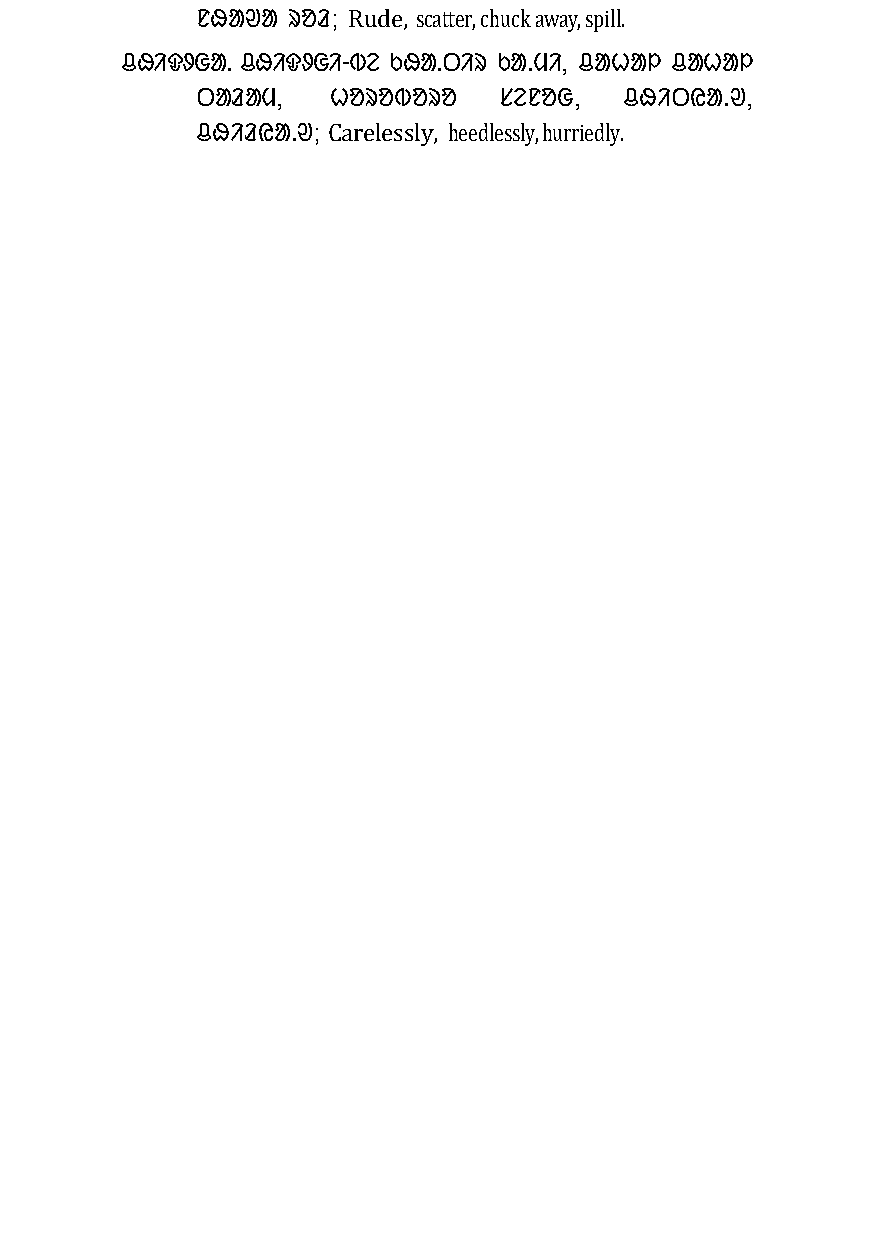
ᱱᱷᱟᱣᱟ ᱨᱚᱲ; Rude, scatter, chuck away, spill.
 ᱪᱷᱤᱫᱽᱜᱟᱹ ᱪᱷᱤᱫᱽᱜᱤ-ᱵᱮ ᱠᱷᱟᱹᱛᱤᱨ ᱠᱟᱹᱢᱤ, ᱪᱟᱦᱟᱞ ᱪᱟᱦᱟᱞ
 ᱛᱟᱲᱟᱢ,   ᱦᱚᱨᱚᱵᱚᱨᱚ   ᱥᱮᱱᱚᱜ,  ᱪᱷᱤᱛᱭᱟᱹᱣ,
 ᱪᱷᱤᱲᱭᱟᱹᱣ; Carelessly, heedlessly, hurriedly.